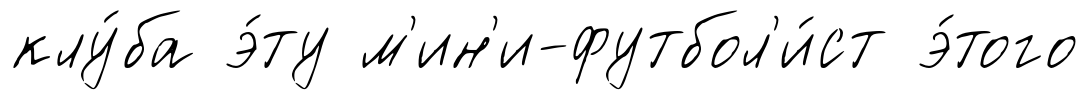
клу́ба э́ту м'ин'и-футбол'и́ст э́того